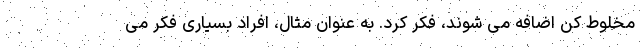
مخلوط کن اضافه می شوند، فکر کرد. به عنوان مثال، افراد بسیاری فکر می